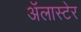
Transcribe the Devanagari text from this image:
अॅलास्टेर